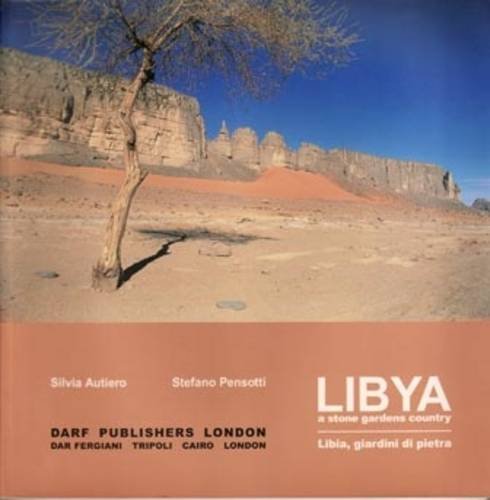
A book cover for Libya, a Stone Gardens Country - Libia, Giardini Di Pietra; Stefanr Pensotti; Travel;